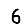
Digit: 6